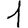
Digit: 1